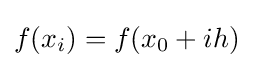
f(x_{i})=f(x_{0}+ih)